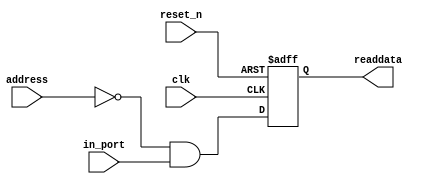
module sma_in (
                // inputs:
                 address,
                 clk,
                 in_port,
                 reset_n,

                // outputs:
                 readdata
              )
;

  output           readdata;
  input   [  1: 0] address;
  input            clk;
  input            in_port;
  input            reset_n;

  wire             clk_en;
  wire             data_in;
  wire             read_mux_out;
  reg              readdata;
  assign clk_en = 1;
  //s1, which is an e_avalon_slave
  assign read_mux_out = {1 {(address == 0)}} & data_in;
  always @(posedge clk or negedge reset_n)
    begin
      if (reset_n == 0)
          readdata <= 0;
      else if (clk_en)
          readdata <= read_mux_out;
    end


  assign data_in = in_port;

endmodule